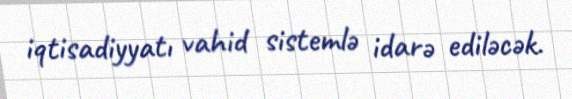
iqtisadiyyatı vahid sistemlə idarə ediləcək.